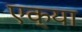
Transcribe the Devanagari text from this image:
एक्या